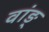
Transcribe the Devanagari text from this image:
वांङ्‌